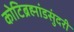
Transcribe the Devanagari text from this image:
कोटिब्रह्मांडसुंदरी